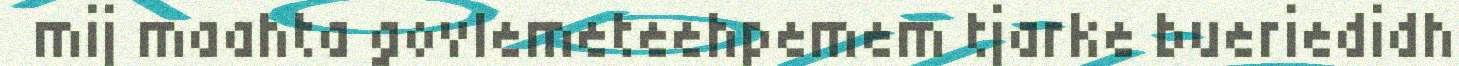
mij maahta govlemeteehpemem tjarke bueriedidh